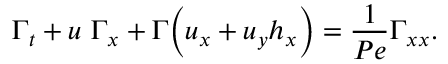
\Gamma _ { t } + u ~ \Gamma _ { x } + \Gamma \biggl ( u _ { x } + u _ { y } h _ { x } \biggr ) = \frac { 1 } { P e } \Gamma _ { x x } .